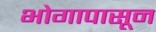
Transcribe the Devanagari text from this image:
भोगापासून